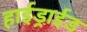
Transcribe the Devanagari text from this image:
हाईड्राईड